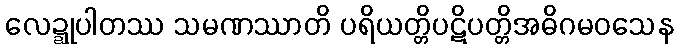
လေဍ္ဍုပါတဿ သမဏဿာတိ ပရိယတ္တိပဋိပတ္တိအဓိဂမဝသေန